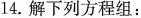
14.解下列方程组：